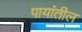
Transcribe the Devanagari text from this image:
पायांतील